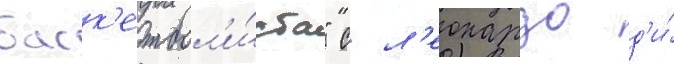
баск'етбол'и́ста" с л'еонардо д'и́